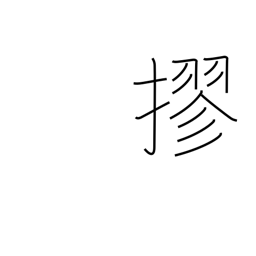
Meaning: tie into a bundle